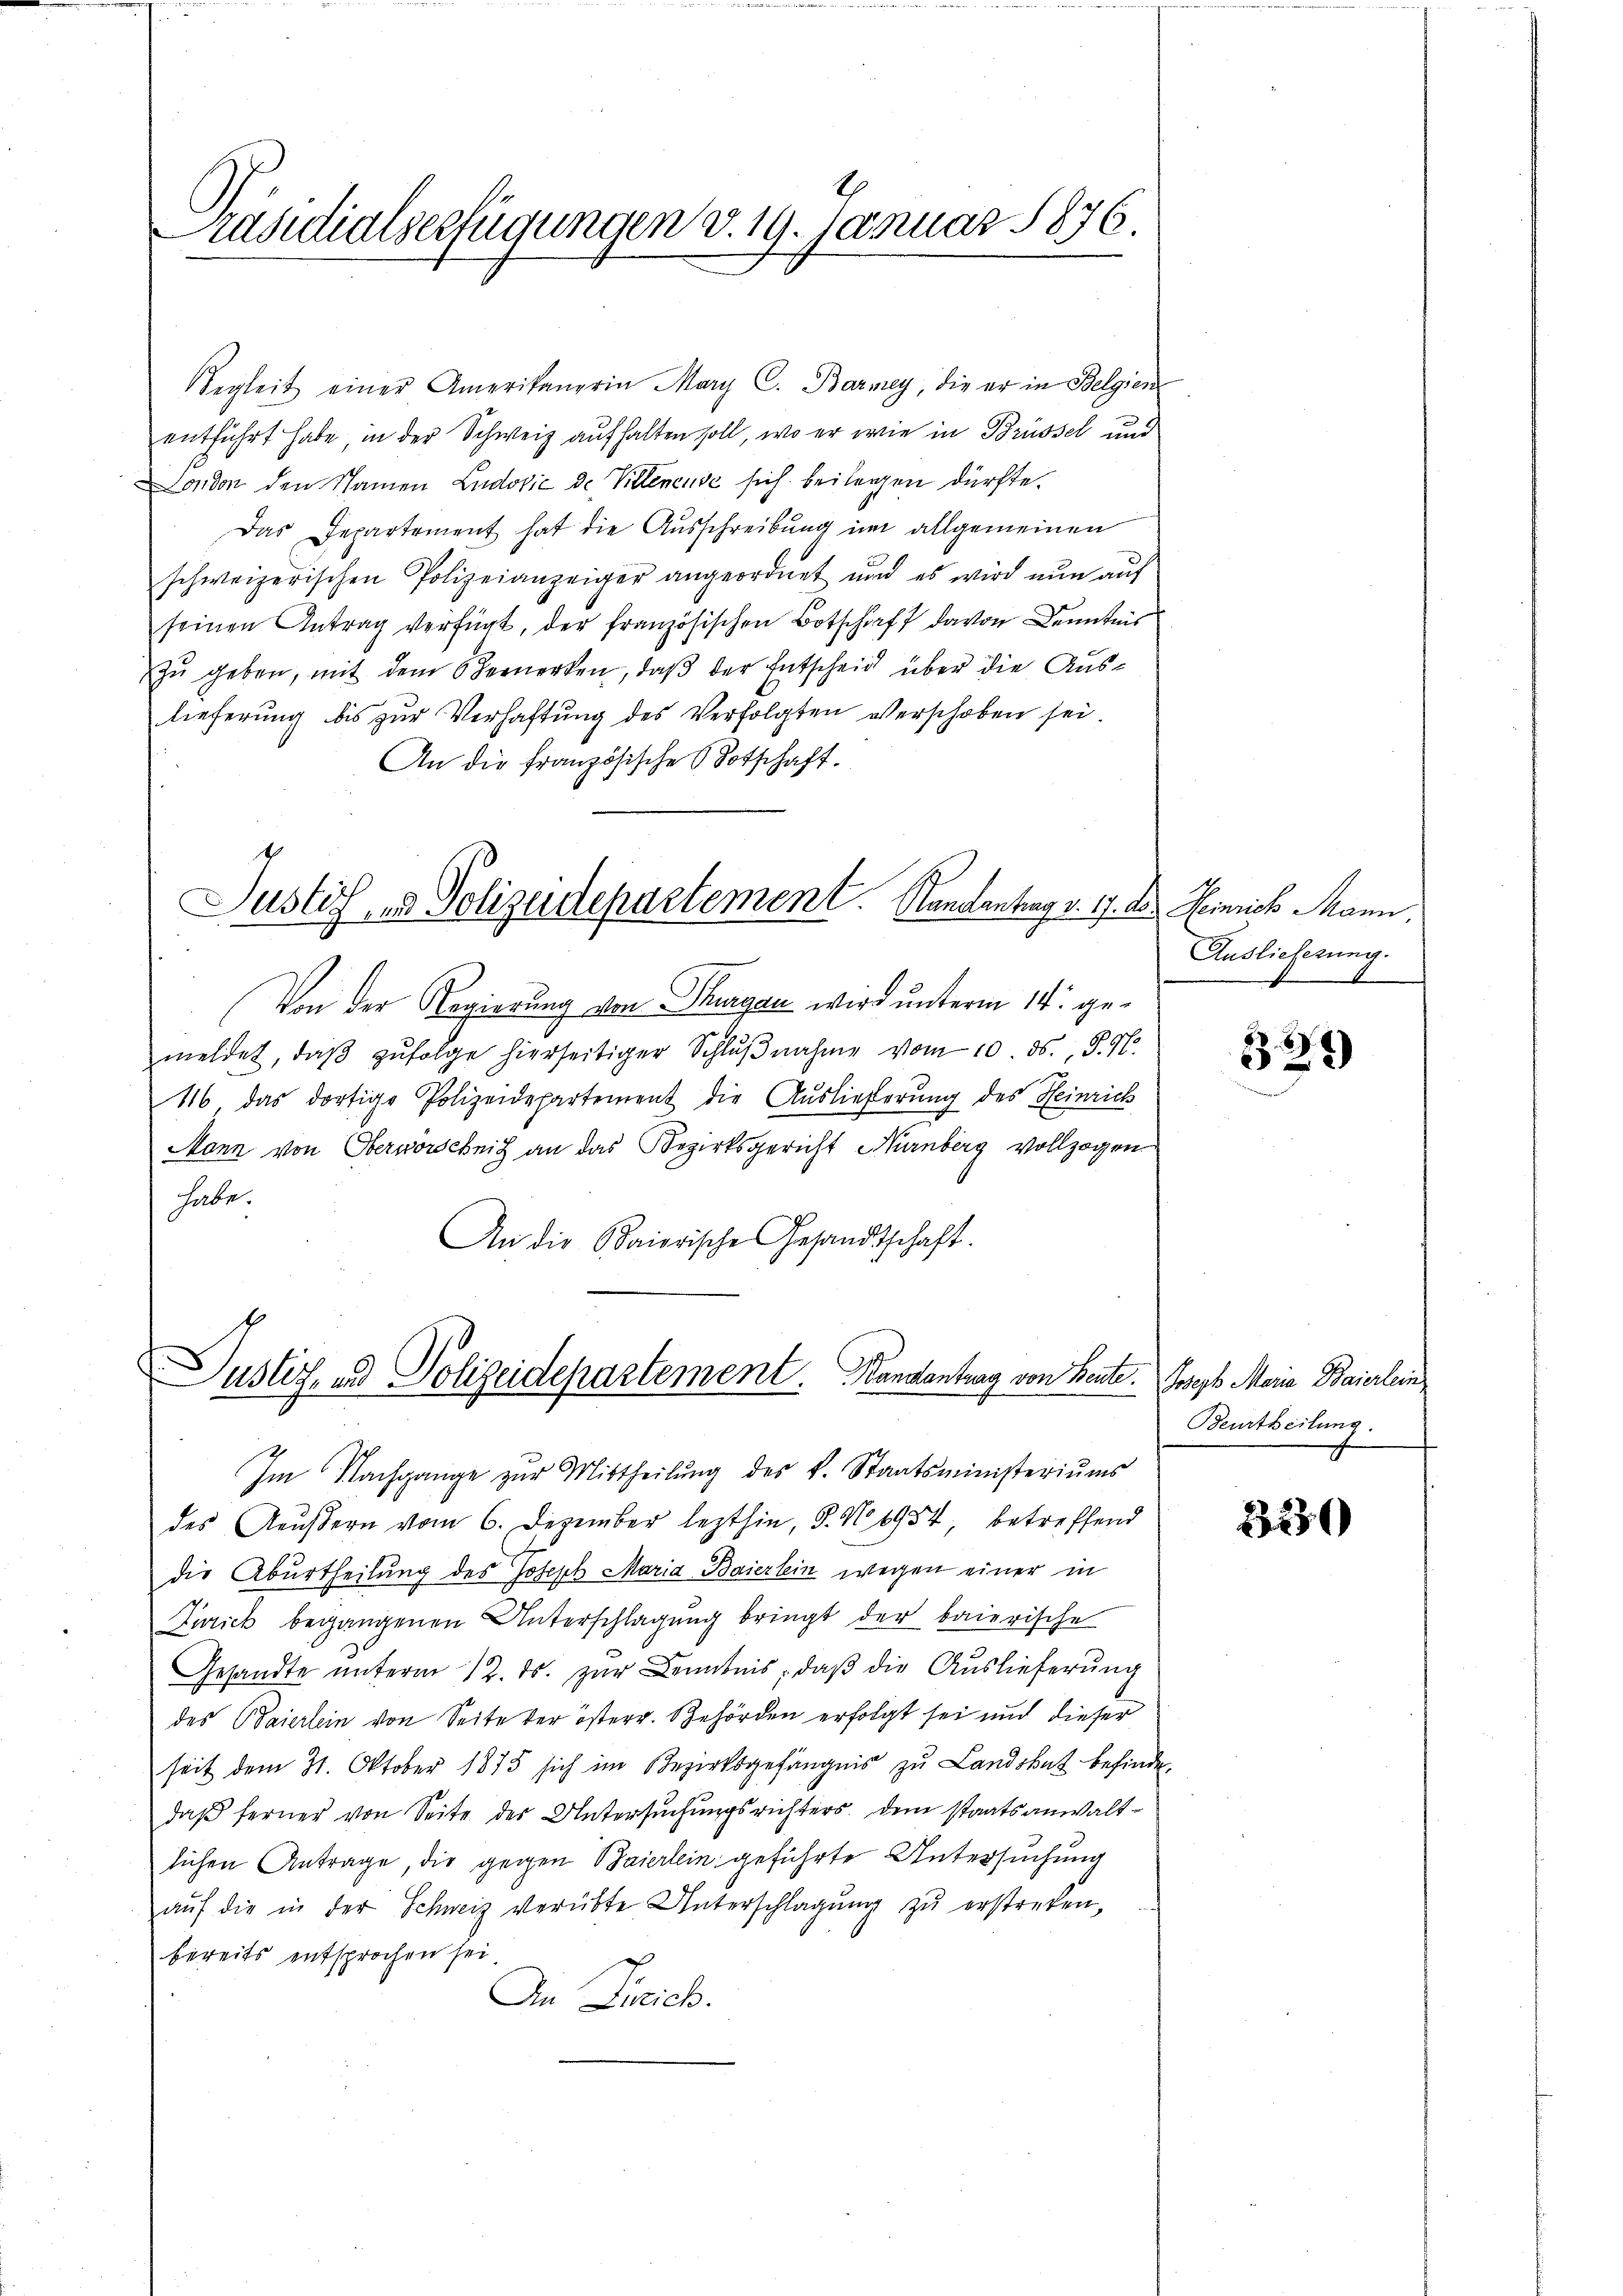
Präsidialverfügungen v. 19. Januar 1876.

egleit einer Amerikanerin Mary C. Barmey, die er in Belgien
entführt habe, in der Schweiz aufhalten soll, wo er wie in Brüssel und
London den Namen Ludović de Villenense sich beilagen dürfte.
Das Departement hat die Ausschreibung im allgemeinen
schweizerischen Polizeianzeiger angeordnet und es wird nŭn aŭf
seinen Antrag verfügt, der französischen Botschaft davon Kenntnis
zŭ geben, mit dem Bemerken, daβ der Entscheid über die Auslieferung bis zŭr Verhaftung des Verfolgten verschoben sei.
An die französische Botschaft.
Justiz- & Polizeidepartement. Standentrag v. 17. ds. Heinrich Mann,
Von der Regierung von Thurgau wird unterm 14. gemeldet, daβ zŭfolge hierseitiger Schlŭβnahme vom 10. ds., S. N.
16 das dortige Polizeidepartement die Auslieferung des Heinrich
Mann von Oberwörscheit an das Bezirksgericht Nürnberg vollzogen
habe.
An die Baierische Gesandtschaft.

Justiz, und Polizeidepartement. Bandantrag von Beute. Joseph Maria Baierlein

daß ferner von Seite der Untersuchungsrichters, dem staatsanwaltlichen Antrage, die gegen Baierlein geführte Untersuchung
aŭf die in der Schweiz verübte Unterschlagung zŭ erstreten,
bereits entsprochen sei.
In Zürich.

Im Nachgange zŭr Mittheilŭng des k. Staatsministeriums
des Aeußern vom 6. Dezember lezthin, 8. No. 1957, betreffend
die Aburtheilung des Joseph Maria Baierlein wegen einer in
Zwrick begangenen Unterschlagung bringt der baierische
Gesandte unterm 12. ds. zur Kenntnis, daß die Auslieferung
des Baierlein von Seite der österr. Behörden erfolgt sei und dieser
seit dem 31. Oktober 1875 sich im Bezirksgefängnis zu Landshut befinde-

Auslieferung.

2

Beurtheilung.

2279